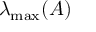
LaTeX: \lambda _ { \mathrm { m a x } } ( A )